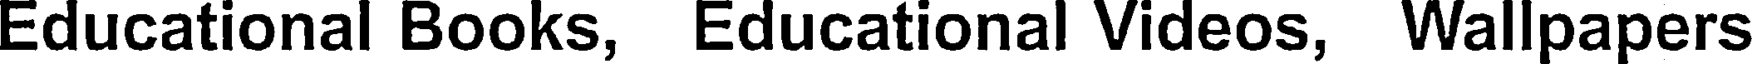
Educational Books, Educational Videos, Wallpapers